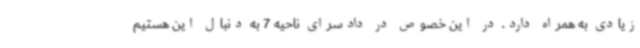
زیادی به همراه دارد. در این خصوص در دادسرای ناحیه 7 به دنبال این هستیم